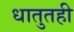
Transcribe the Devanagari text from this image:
धातुतही